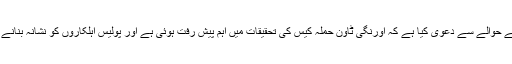
نجی ٹی وی سما نے تفتیشی ذرائع کے حوالے سے دعویٰ کیا ہے کہ اورنگی ٹاون حملہ کیس کی تحقیقات میں اہم پیش رفت ہوئی ہے اور پولیس اہلکاروں کو نشانہ بنانے والے گروہ کو شناخت کرلیا گیا ہے۔